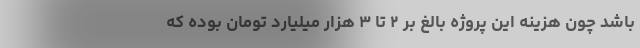
باشد چون هزینه این پروژه بالغ بر ۲ تا ۳ هزار میلیارد تومان بوده که